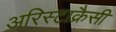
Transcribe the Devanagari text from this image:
अरिस्टाक्रैसी